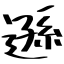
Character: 遜